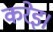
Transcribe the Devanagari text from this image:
करेइ।